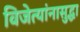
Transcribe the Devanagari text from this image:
विजेत्यांनासुद्धा